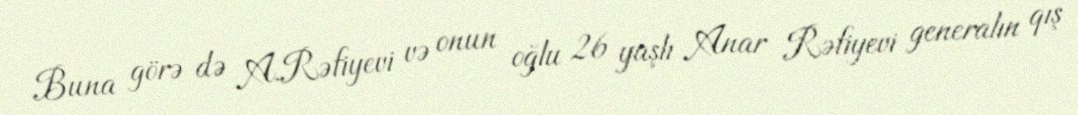
Buna görə də A.Rəfiyevi və onun oğlu 26 yaşlı Anar Rəfiyevi generalın qış